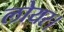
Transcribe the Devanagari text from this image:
लोयर।